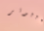
كمبيوتر